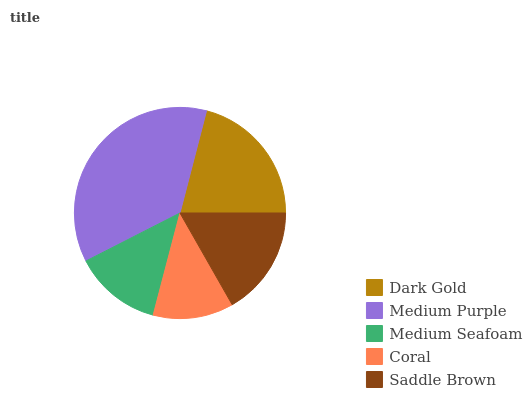
| Dark Gold | Medium Purple | Medium Seafoam | Coral | Saddle Brown |
 | --- | --- | --- | --- | --- |
 | 21% | 36.6% | 13.4% | 12.3% | 16.7% |